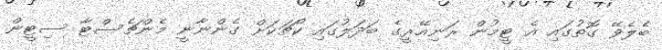
ބެލެވޭ ގޮތުގައި އެ ޓީމުން ރަނިއޭރީގެ ބަދަލުގައި ކޯޗަކަށް ގެންނާނީ މެންޗެސްޓާ ސިޓީން